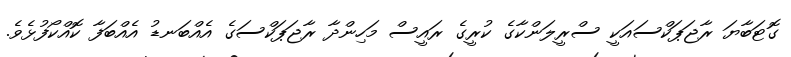
ގޮޓަބާޔަ ރާޖަޕަކްސައަކީ ސްރީލަންކާގެ ކުރީގެ ރައީސް މަހިންދާ ރާޖަޕަކްސަގެ އެއްބަނޑު އެއްބަފާ ކޮއްކޯފުޅެވެ.